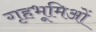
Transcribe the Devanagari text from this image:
गृहभूमिओं